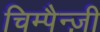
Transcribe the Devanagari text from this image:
चिम्पैन्ज़ी